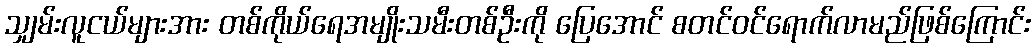
သျှမ်းလူငယ်များအား တစ်ကိုယ်ရေအမျိုးသမီးတစ်ဦးကို ပြေအောင် စတင်ဝင်ရောက်လာမည်ဖြစ်ကြောင်း